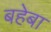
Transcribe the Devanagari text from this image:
बहेबा